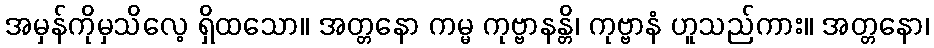
အမှန်ကိုမှသိလေ့ ရှိထသော။ အတ္တနော ကမ္မ ကုဗ္ဗာနန္တိ၊ ကုဗ္ဗာနံ ဟူသည်ကား။ အတ္တနော၊